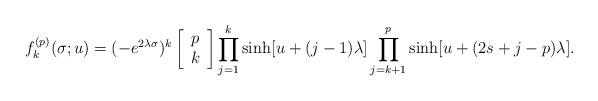
LaTeX: \begin{align*}f^{(p)}_k(\sigma;u) = (-e^{2 \lambda\sigma})^k\left[\begin{array}{c}p\\k\end{array} \right]\prod_{j=1}^k \sinh[u+(j-1)\lambda]\prod_{j=k+1}^p \sinh[u+(2s+j-p)\lambda].\end{align*}